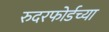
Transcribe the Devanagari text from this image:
रुदरफोर्डच्या